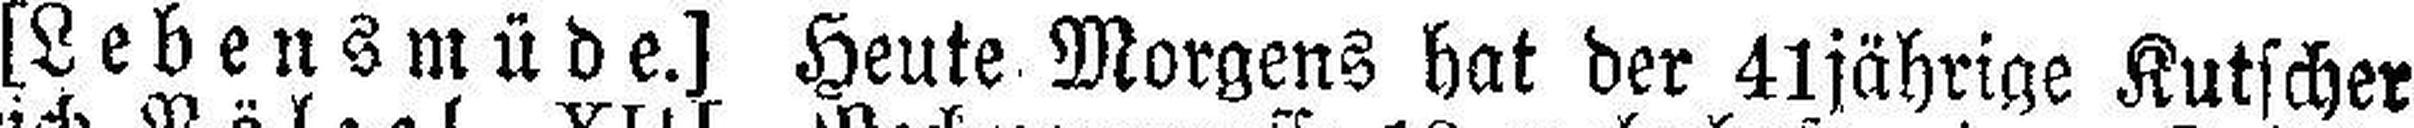
[Lebensmüde.] Heute Morgens hat der 41jährige Kutscher